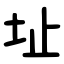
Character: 址